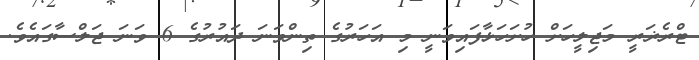
ޓްރެޜަރީ މަޖިލީހަށް ހުށަހަޅާފައިވަނީ މި އަހަރުގެ ތިންވަނަ ދައުރުގެ 6 ވަނަ ޖަލްސާގައެވެ.